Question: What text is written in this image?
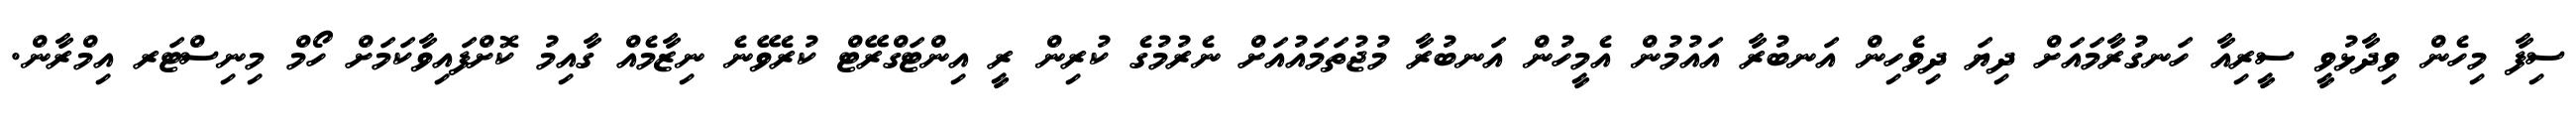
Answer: ސިފާ މިހެން ވިދާޅުވީ ސީރިއާ ހަނގުރާމައަށް ދިޔަ ދިވެހިން އަނބުރާ އައުމުން އެމީހުން އަނބުރާ މުޖުތަމައުއަށް ނެރުމުގެ ކުރިން ރީ އިންޓަގްރޭޓް ކުރެވޭނެ ނިޒާމެއް ގާއިމު ކޮށްފައިވާކަމަށް ހޯމް މިނިސްޓަރ އިމްރާން.